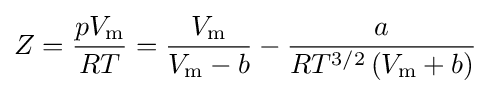
Z={\frac {pV_{\text{m}}}{RT}}={\frac {V_{\text{m}}}{V_{\text{m}}-b}}-{\frac {a}{RT^{3/2}\left(V_{\text{m}}+b\right)}}